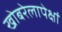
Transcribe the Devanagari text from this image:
खोबरेलापेक्षां